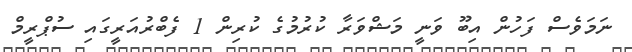
ނަމަވެސް ފަހުން އިބޫ ވަނީ މަޝްވަރާ ކުރުމުގެ ކުރިން 1 ފެބްރުއަރީގައި ސުޕްރީމް